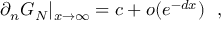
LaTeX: \partial _ { n } G _ { N } | _ { x \rightarrow \infty } = c + o ( e ^ { - d x } ) ~ ~ ,